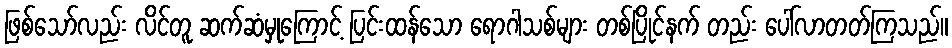
ဖြစ်သော်လည်း လိင်တူ ဆက်ဆံမှုကြောင့် ပြင်းထန်သော ရောဂါသစ်များ တစ်ပြိုင်နက် တည်း ပေါ်လာတတ်ကြသည်။